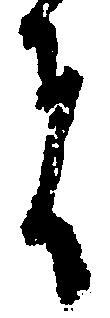
者